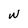
Character: w